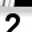
Digit: 2